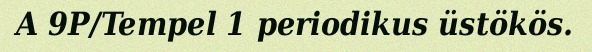
A 9P/Tempel 1 periodikus üstökös.